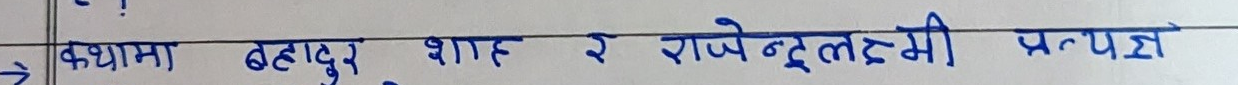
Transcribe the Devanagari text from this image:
कश्मा बहादुर शाह र राजेन्द्रलक्ष्मी प्रत्यक्ष